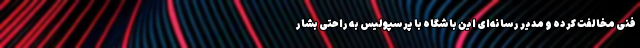
فنی مخالفت کرده و مدیر رسانه‌ای این باشگاه با پرسپولیس به راحتی بشار